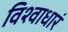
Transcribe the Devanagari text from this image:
विश्वाधारं